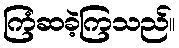
ကြံဆခဲ့ကြသည်။